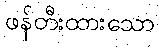
ဖန်တီးထားသော